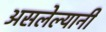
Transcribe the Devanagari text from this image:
असलेल्यानी